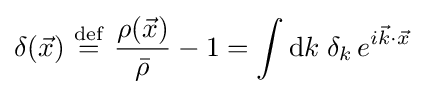
\delta ({\vec {x}})\ {\stackrel {\mathrm {def} }{=}}\ {\frac {\rho ({\vec {x}})}{\bar {\rho }}}-1=\int {\text{d}}k\;\delta _{k}\,e^{i{\vec {k}}\cdot {\vec {x}}}